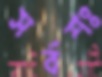
সর্বশঃ